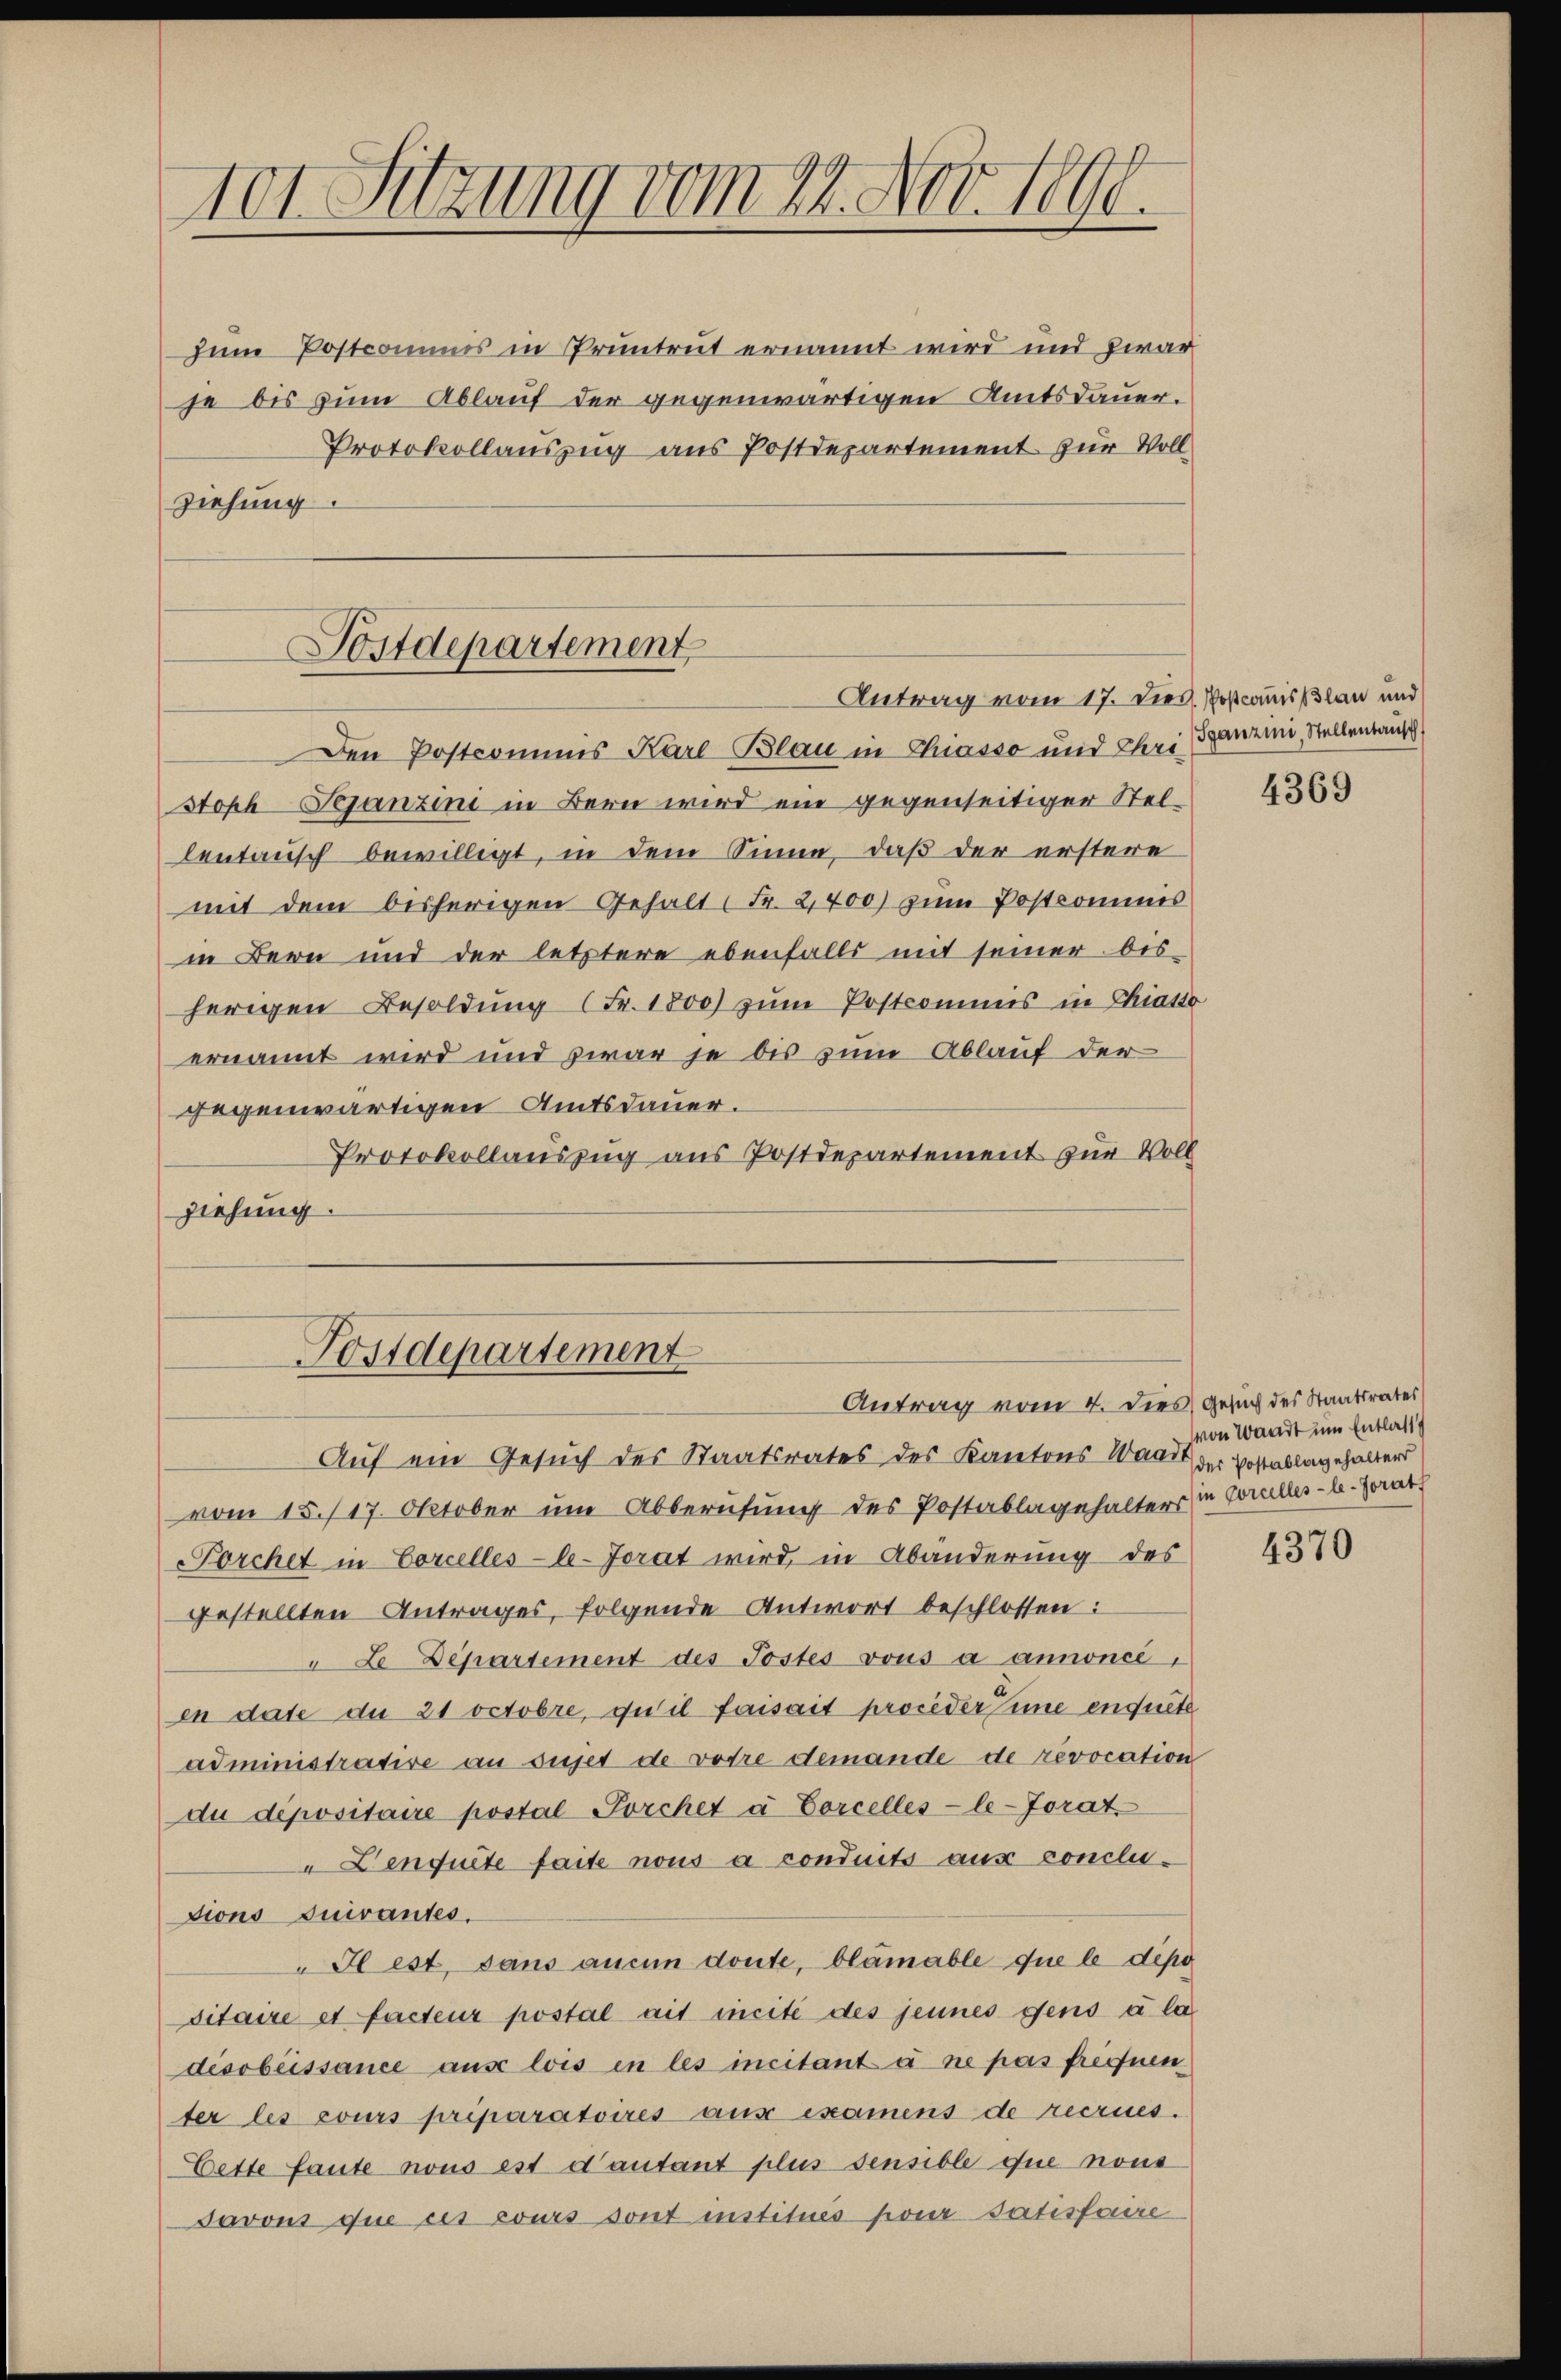
101 Sitzung vom 22. Nov. 1890.

zum Postcommis in Pruntrut ernannt wird und zwar
je bis zum Ablauf der gegenwärtigen Amtsdauer¬
Protokollauszug aus Postdepartement zur Vollziehung

Postdepartement
Antrag vom 17. dieß. Poscommisslau und

Den Postcommis Karl Blau in Chiasso und Chri ganzeni, Stellentaus
stoph Sejantini in Bern wird ein gegenseitiger Stellentausch bewilligt, in dem Sinne, daß der erstere
mit dem bisherigen Gehalt Fr. 2,400) zum Postcommis
in Bern und der letztere ebenfalls mit seiner bis-
herigen Besoldung (Fr. 1800) zum Postcommis in Chiasso
ernannt wird und zwar je bis zum Ablauf der
gegenwärtigen Amtsdauer.
Protokollauszug aus Postdepartement zur Voll
ziehung

Auf ein Gesuch des Staatsrates des Kantons Wand der Postablagehalters
vom 15./17. Oktober um Abberufung des Postablagehalters in Coraller-b. Jorat
Porchet in Corcelles-le-Jorat wird, in Abänderung des
gestellten Antrages, folgende Antwort beschlossen:
" Le Departement des Postes vous a annoncé,
en date du 21 octobre, qu’il faisait proceder Eine enquete
administrative an sujet de votre demande de revocation
du dépositaire postal-Porchet à Corcelles-le-Jorat
" Lenquete faite nous a conduits aus conclutions suivantes.
Il est, dans aucun doute, blämable que le dipo
sitaire et facteur postal ait icite des jeunes gens à la
desobéissance aus lois in les incitant a ne pas freynen
ter les cours priparatoires aus examens de recrues.
Cette faute nous est d’autant plus sensible que nous
Javons que ces cours sont institués pour satisfaire

Postdepartement
Antrag vom 4. dies Gesuch des Staatsrates

4369

von Waadt um Entlass

4370